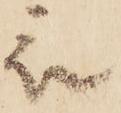
被